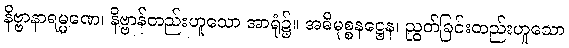
နိဗ္ဗာနာရမ္မဏေ၊ နိဗ္ဗာန်တည်းဟူသော အာရုံ၌။ အဓိမုစ္စနဋ္ဌေန၊ ညွတ်ခြင်းတည်းဟူသော